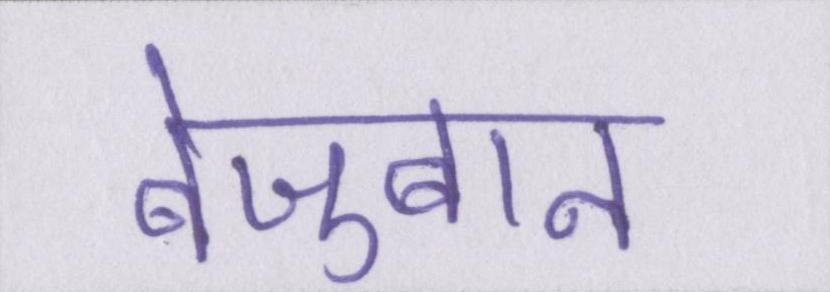
बेज़ुबान